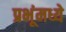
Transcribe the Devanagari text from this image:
प्रभूंमध्ये